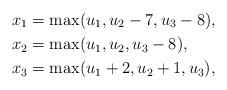
LaTeX: \begin{align*}x_{1}&=\max(u_{1},u_{2}-7,u_{3}-8),\\x_{2}&=\max(u_{1},u_{2},u_{3}-8),\\x_{3}&=\max(u_{1}+2,u_{2}+1,u_{3}),\end{align*}